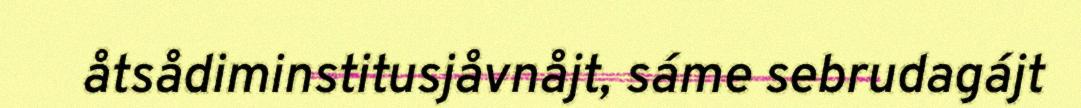
åtsådiminstitusjåvnåjt, sáme sebrudagájt